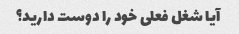
آیا شغل فعلی خود را دوست دارید؟